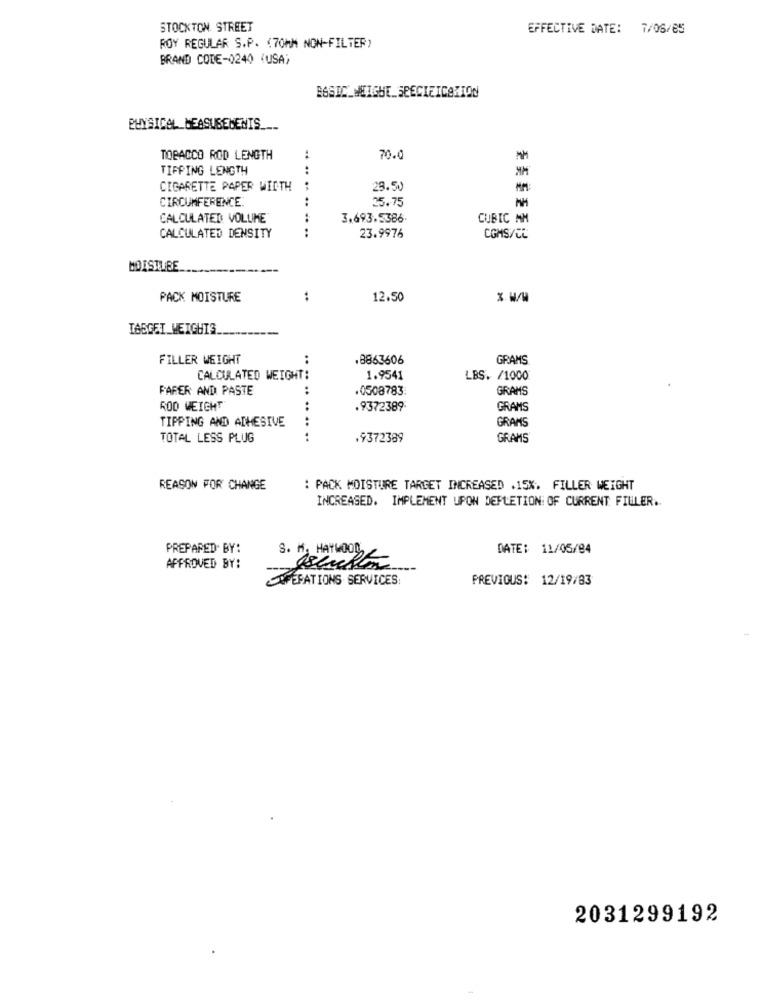
STOCKTON STREET
EFFECTIVE DATE: 7/06/85
ROY REGULAR S.P. (70MM NON-FILTER)
BRAND CODE-0240 (USA)
BASIC WHICHE SEECIEICAMION
PHYSICAL MEASUREMENTS ___
TOBACCO ROD LENGTH
:
70.0
TIFPING LENGTH
..
CIGARETTE PAPER WIDTH
..
28.50
CIRCUMFERENCE
25.75
CALCULATED VOLUME
3,693.5386
CUBIC MM
:
CALCULATED DENSITY
23.9976
COMS/CL
MOISTUBE
----
PACK MOISTURE
..
12.50
TARGET WEIGHTS.
FILLER WEIGHT
.8863606
GRAMS
..
CALCULATED WEIGHT:
1.9541
LBS. /1000
FARER AND PASTE
.0508783:
GRAMS
ROD WEIGHT
.9372389
GRAMS
TIPPING AND ADHESIVE
GRAMS
TOTAL LESS PLUG
.. .. ..
.9372389
GRAMS
REASON FOR CHANGE
: PACK MOISTURE TARGET INCREASED .15%. FILLER WEIGHT
INCREASED. IMPLEMENT UPON DEPLETION OF CURRENT FILLER ..
PREPARED BY:
DATE: 11/06/04
S. M. HAYWOOD
APPROVED BY:
--
OPERATIONS SERVICES:
PREVIOUS: 12/19/83
2031299192